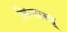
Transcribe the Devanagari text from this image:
मिन्सारपू